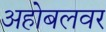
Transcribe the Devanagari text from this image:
अहोबलवर